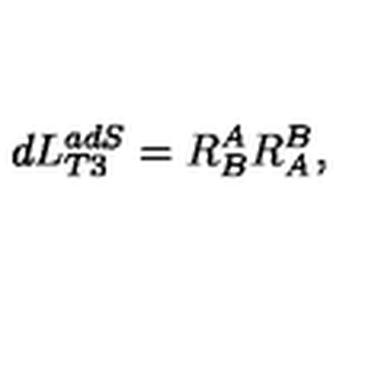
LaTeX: d L _ { T 3 } ^ { a d S } = R _ { B } ^ { A } R _ { A } ^ { B } ,